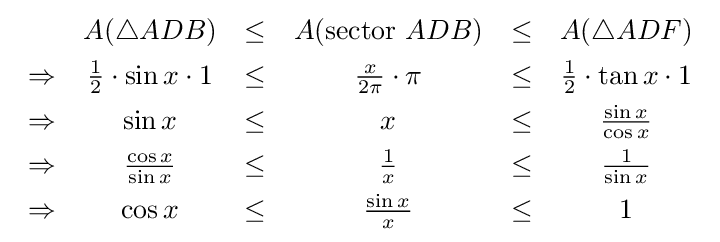
{\begin{array}{cccccc}&A(\triangle ADB)&\leq &A({\text{sector }}ADB)&\leq &A(\triangle ADF)\\[4pt]\Rightarrow &{\frac {1}{2}}\cdot \sin x\cdot 1&\leq &{\frac {x}{2\pi }}\cdot \pi &\leq &{\frac {1}{2}}\cdot \tan x\cdot 1\\[4pt]\Rightarrow &\sin x&\leq &x&\leq &{\frac {\sin x}{\cos x}}\\[4pt]\Rightarrow &{\frac {\cos x}{\sin x}}&\leq &{\frac {1}{x}}&\leq &{\frac {1}{\sin x}}\\[4pt]\Rightarrow &\cos x&\leq &{\frac {\sin x}{x}}&\leq &1\end{array}}